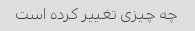
چه چیزی تغییر کرده است